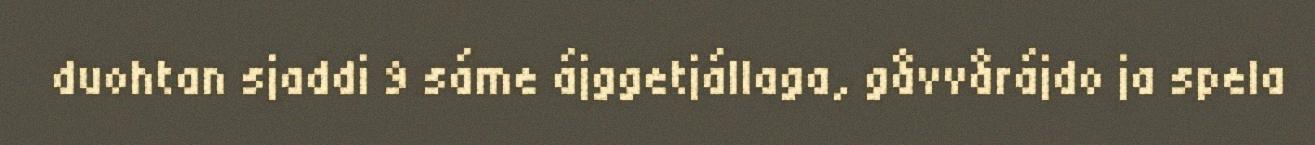
duohtan sjaddi 9 sáme ájggetjállaga, gåvvårájdo ja spela